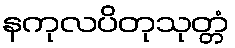
နကုလပိတုသုတ္တံ